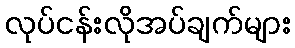
လုပ်ငန်းလိုအပ်ချက်များ